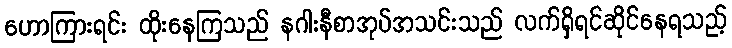
ဟောကြားရင်း ထိုးနေကြသည် နဂါးနီစာအုပ်အသင်းသည် လက်ရှိရင်ဆိုင်နေရသည့်